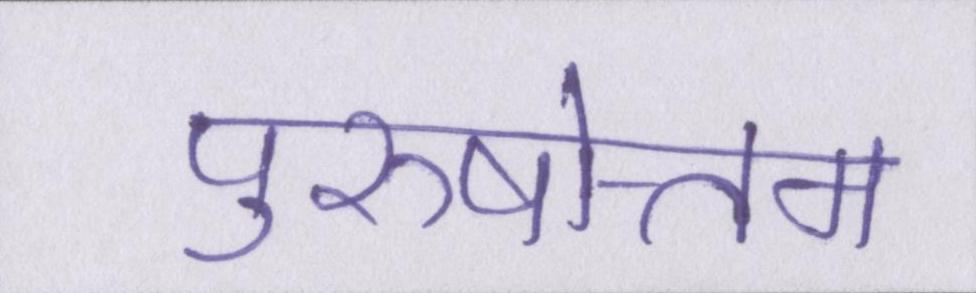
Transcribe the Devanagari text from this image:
पुरुषोत्तम